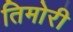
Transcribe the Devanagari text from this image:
तिमोरी